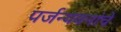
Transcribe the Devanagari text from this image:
पर्जन्यवनांचे